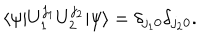
\langle \psi | U _ { 1 } ^ { j _ { 1 } } U _ { 2 } ^ { j _ { 2 } } | \psi \rangle = \delta _ { j _ { 1 } 0 } \delta _ { j _ { 2 } 0 } .